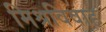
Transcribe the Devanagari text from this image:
मिश्रविवाह